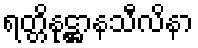
ရတ္တိနုဋ္ဌာနသီလိနာ